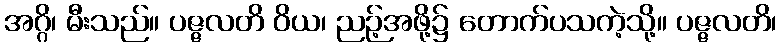
အဂ္ဂိ၊ မီးသည်။ ပဇ္ဇလတိ ဝိယ၊ ညဉ့်အဖို့၌ တောက်ပသကဲ့သို့။ ပဇ္ဇလတိ၊